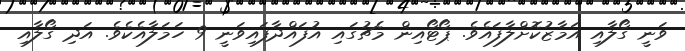
ވަނީ ގޯލާއި އަމާޒުކޮށްލާފައެވެ. ޕޯޓޯއިން މެޗުގައި އުފައްދާފައިވަނީ 9 ހަމަލާއެކެވެ. އަދި ގޯލާއި